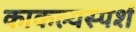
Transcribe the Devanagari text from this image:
काकल्यस्पर्श